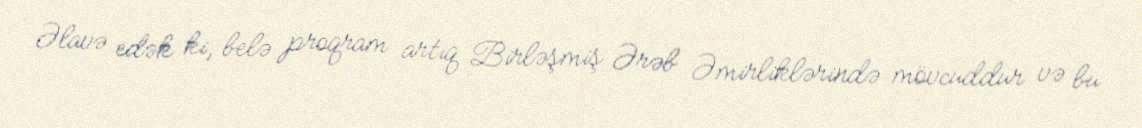
Əlavə edək ki, belə proqram artıq Birləşmiş Ərəb Əmirliklərində mövcuddur və bu